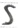
Text: S